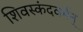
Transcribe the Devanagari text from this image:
शिवस्कंदवर्मन्